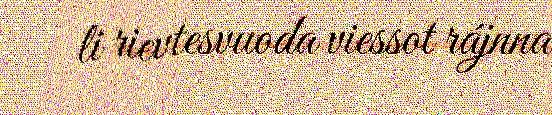
li rievtesvuoda viessot rájnna